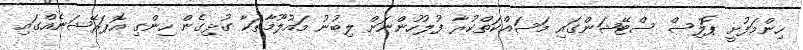
ހިންމަފުށީ ޕޮލިސް ސްޓޭޝަންގައި މަސައްކަތްކުރާ ފުލުހުންނަށް ލިބުނު މައުލޫމާތަކާ ގުޅިގެން ހިންގި އޮޕަރޭޝަނެއްގައި